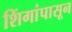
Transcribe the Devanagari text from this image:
शिंगांपासून